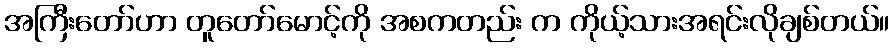
အကြီးတော်ဟာ တူတော်မောင့်ကို အစကတည်း က ကိုယ့်သားအရင်းလိုချစ်တယ်။